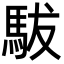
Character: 䮂